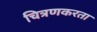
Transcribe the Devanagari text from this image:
चित्रणकरता